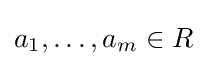
a_{1},\ldots ,a_{m}\in R